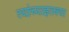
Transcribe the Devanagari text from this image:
त्यांच्याइतक्या